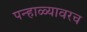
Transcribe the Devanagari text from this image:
पन्हाळ्यावरच